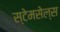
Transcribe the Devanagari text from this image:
स्टेमसेल्स